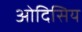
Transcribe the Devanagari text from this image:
ओदिसिय